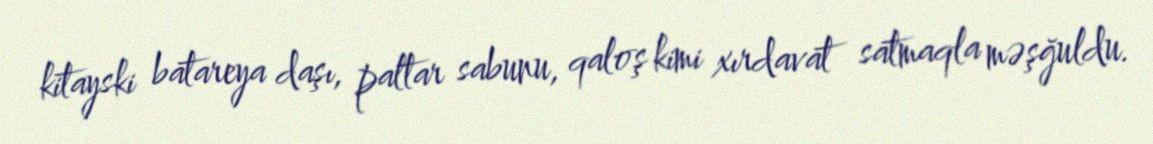
kitayski batareya daşı, paltar sabunu, qaloş kimi xırdavat satmaqla məşğuldu.